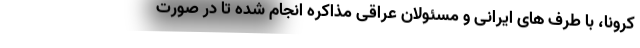
کرونا، با طرف های ایرانی و مسئولان عراقی مذاکره انجام شده تا در صورت